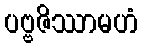
ပဗ္ဗဇိဿာမဟံ